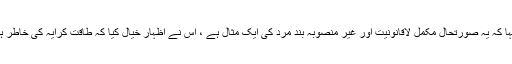
اس صورتحال کی نشاندہی کرتے ہوئے کہا کہ یہ صورتحال مکمل لاقانونیت اور غیر منصوبہ بند مرد کی ایک مثال ہے ، اس نے اظہار خیال کیا کہ طاقت کرایہ کی خاطر ہر چیز کو قربان کرنے کے لئے تیار ہے۔